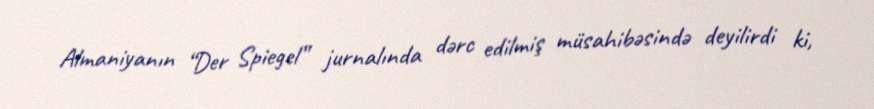
Almaniyanın “Der Spiegel” jurnalında dərc edilmiş müsahibəsində deyilirdi ki,